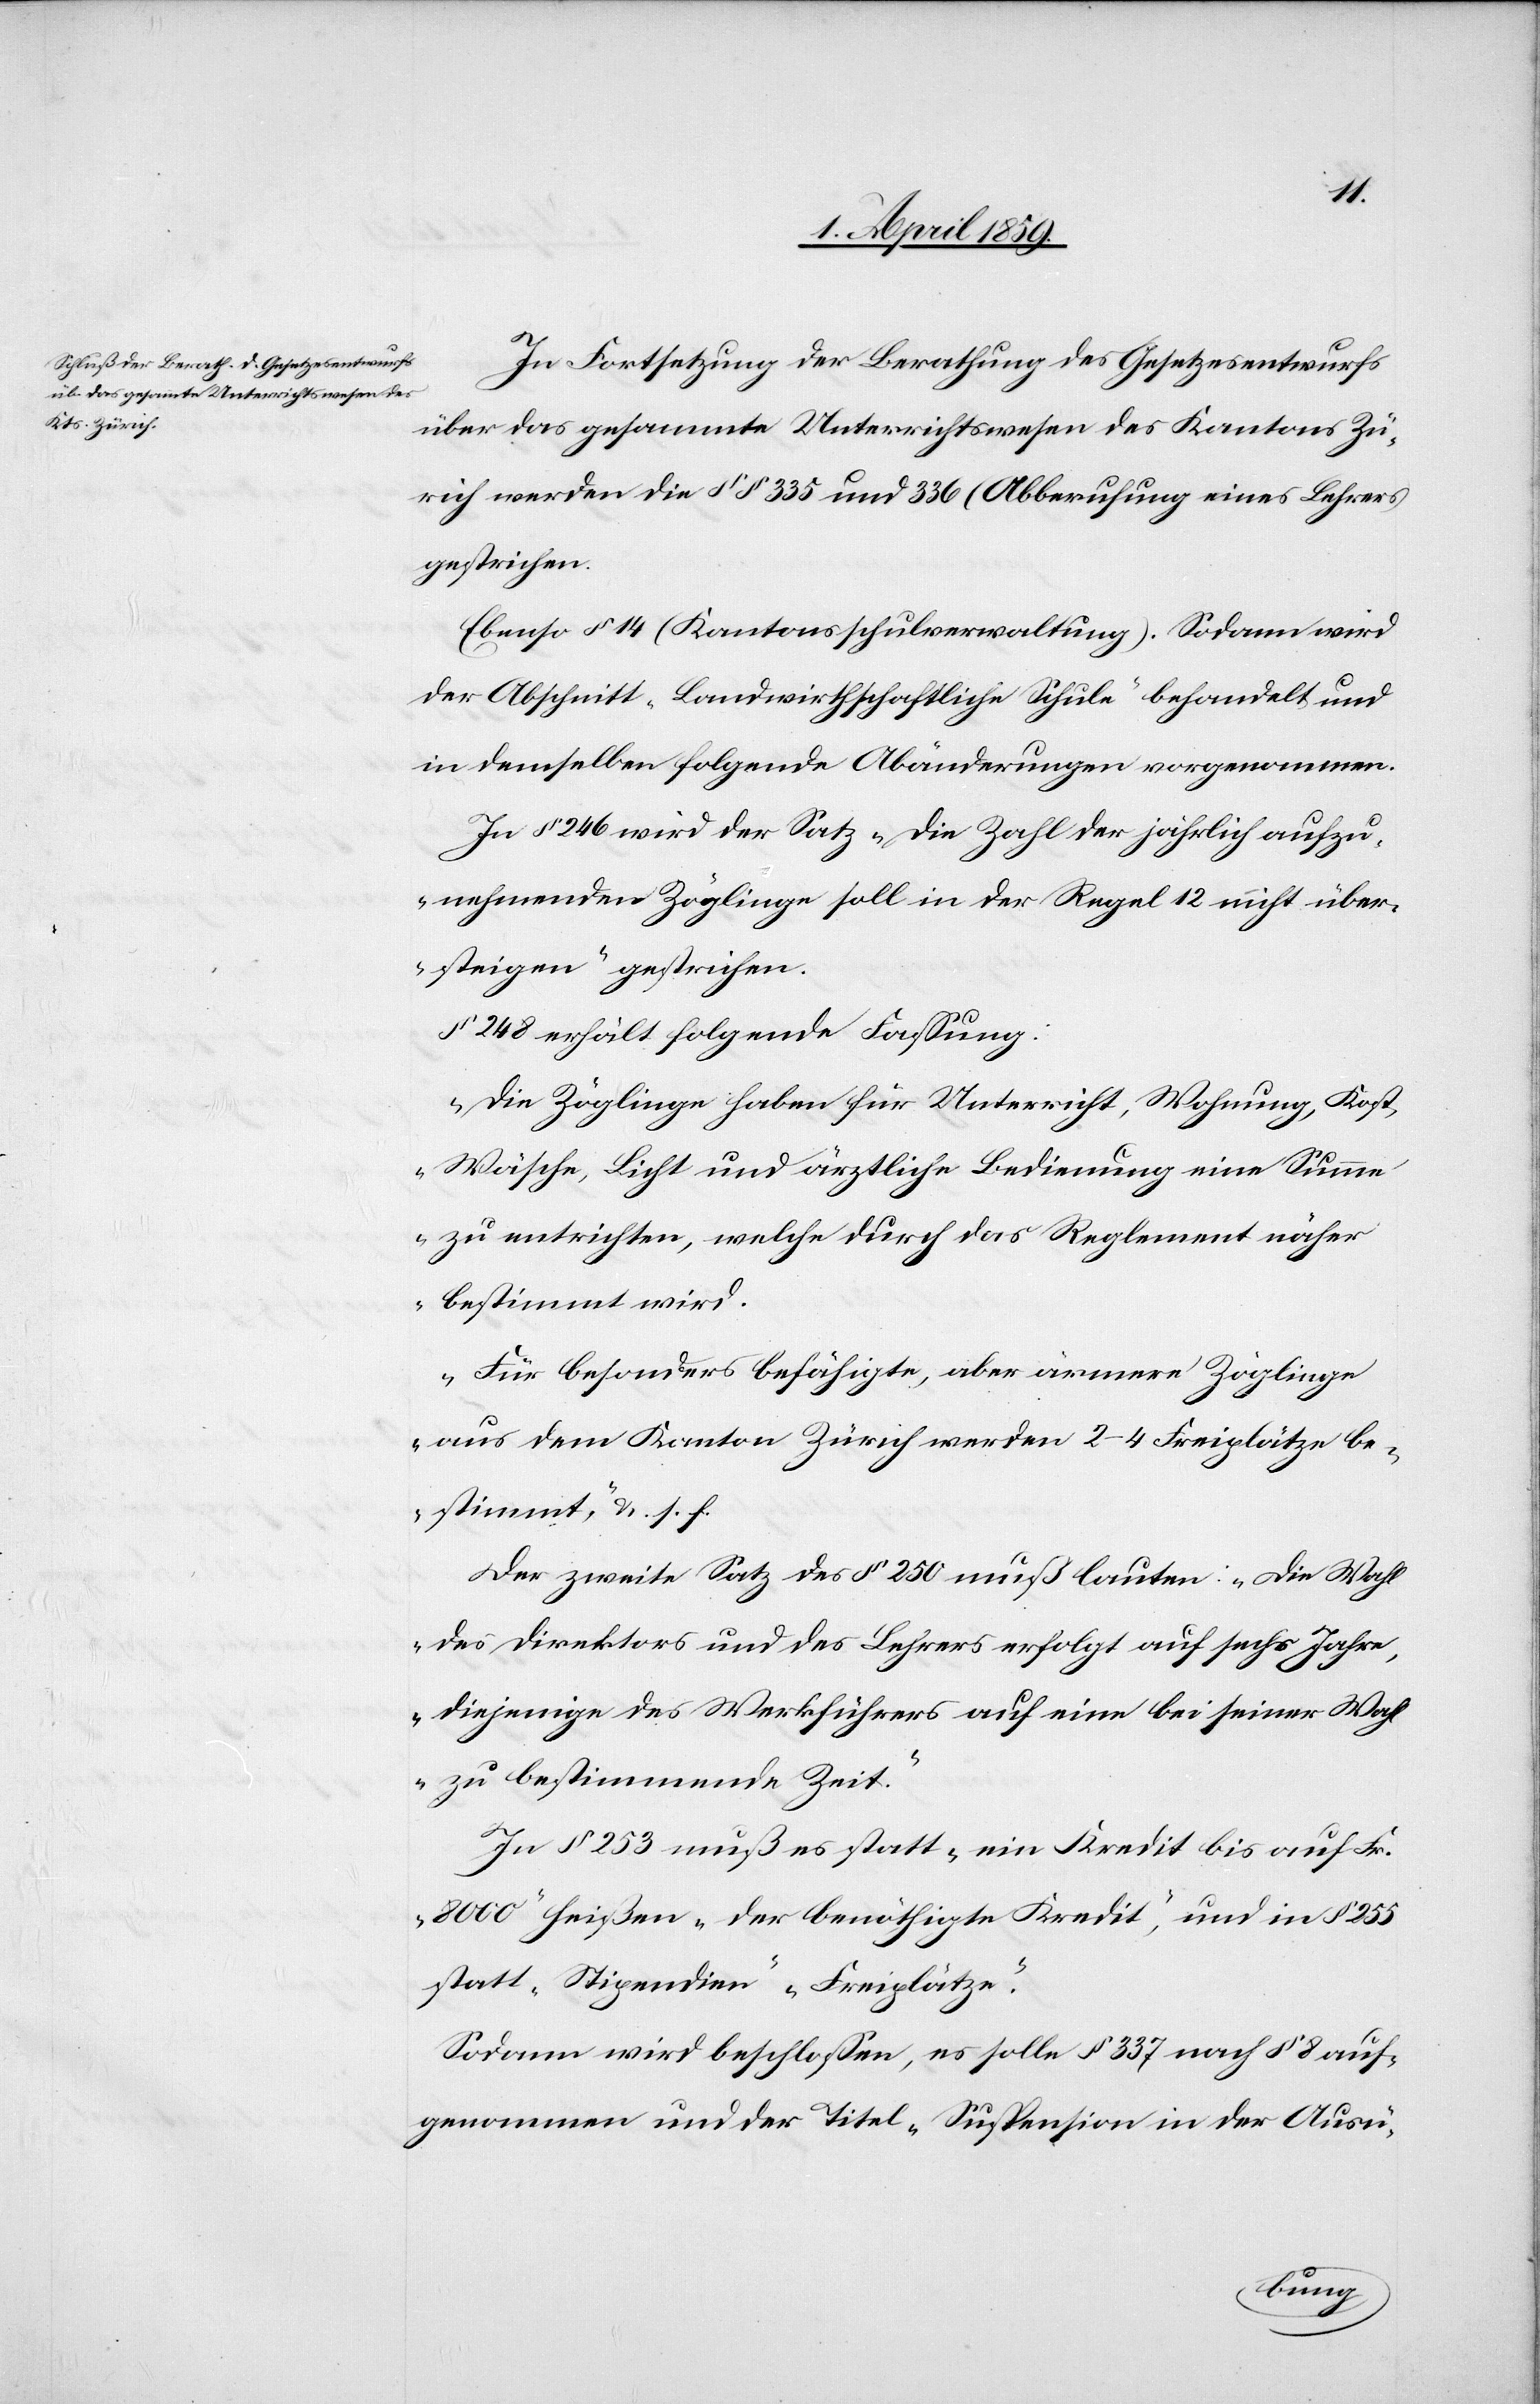
In Fortsetzung der Berathung des Gesetzesentwurfs
über das gesammte Unterrichtswesen des Kantons Zü¬
rich werden die § § 335 und 336 (Abberufung eines Lehrers[)]
gestrichen.
Ebenso § 14 (Kantonsschulverwaltung). Sodann wird
der Abschnitt „Landwirthschaftliche Schule“ behandelt und
in demselben folgende Abänderungen vorgenommen.
In § 246 wird der Satz „die Zahl der jährlich aufzu¬
nehmenden Zöglinge soll in der Regel 12 nicht über¬
steigen“ gestrichen.
§ 248 erhält folgende Faßung:
„Die Zöglinge haben für Unterricht, Wohnung, Kost,
Wäsche, Licht und ärztliche Bedienung eine Summ¬
e zu entrichten, welche durch das Reglement näher
bestimmt wird.
Für besonders befähigte, aber ärmere Zöglinge
aus dem Kanton Zürich werden 2–4 Freiplätze be¬
stimmt,“ u. s. f.
Der zweite Satz des § 250 muß lauten: „die Wahl
des Direktors und des Lehrers erfolgt auf sechs Jahre,
diejenige des Werkführers auf eine bei seiner Wah¬
l zu bestimmende Zeit.“
In § 253 muß es statt „ein Kredit bis auf Fr.
8000“ heißen „der benöthigte Kredit“, und in § 255
statt „Stipendien“ „Freiplätze“.
Sodann wird beschloßen, es solle § 337 nach § 8 auf¬
genommen und der Titel „Suspension in der Ausü-